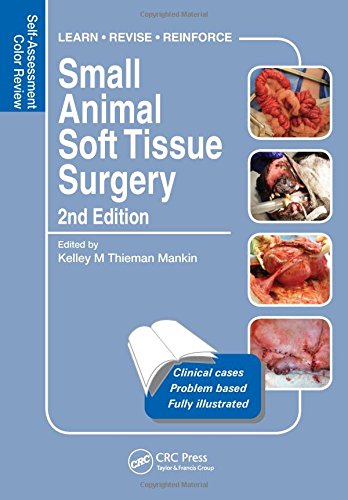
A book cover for Small Animal Soft Tissue Surgery: Self-Assessment Color Review, Second Edition (Veterinary Self-Assessment Color Review Series); Medical Books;